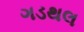
ગડથલ